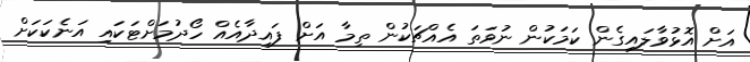
އަށް އޮޅުވާލައިގެން ކަމަކުން ނުވަތަ އެއްޗަކުން ތިމާ އަށް ފައިދާއެއް ހޯދުމަށްޓަކައި އަނެކަކަށް